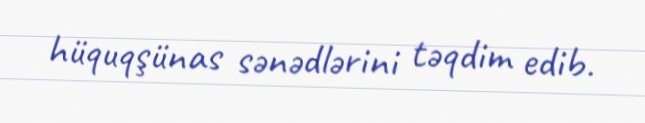
hüquqşünas sənədlərini təqdim edib.